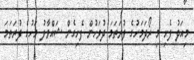
މިއަދު ފެށި މި ރޯދަމަހުގެ ފުރަތަމަ ދުވަހުން ފެށިގެން ޝައްވާލު މަހުގެ ފުރަތަމަ